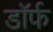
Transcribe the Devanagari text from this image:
डॉर्फ